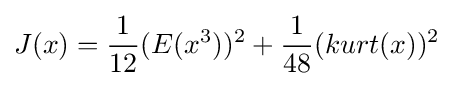
J(x)={\frac {1}{12}}(E(x^{3}))^{2}+{\frac {1}{48}}(kurt(x))^{2}